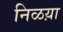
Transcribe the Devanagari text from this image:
निळय़ा